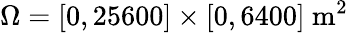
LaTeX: \Omega=[0,25600]\times[0,6400]~\mathrm{m}^{2}